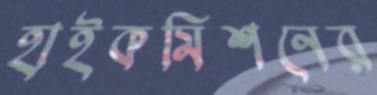
হাইকমিশনের